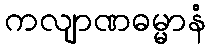
ကလျာဏဓမ္မာနံ